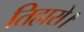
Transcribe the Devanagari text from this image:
तिहारो।